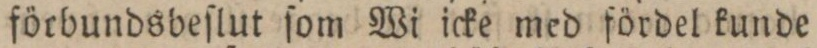
förbundsbeſlut ſom Wi icke med fördel kunde